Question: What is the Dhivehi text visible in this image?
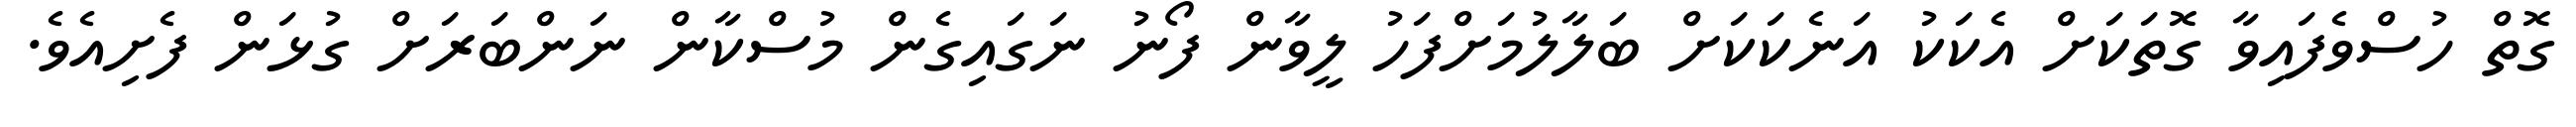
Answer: ގޮތް ހުސްވެފައިވާ ގޮތަކަށް އެކަކު އަނެކަކަށް ބަލާލުމަށްފަހު ލީވާން ފޯނު ނަގައިގެން މުސްކާން ނަންބަރަށް ގުޅަން ފެށިއެވެ.